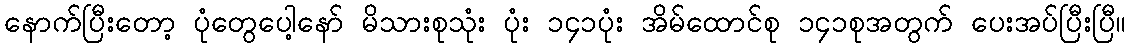
နောက်ပြီးတော့ ပုံတွေပေါ့နော် မိသားစုသုံး ပုံး ၁၄၁ပုံး အိမ်ထောင်စု ၁၄၁စုအတွက် ပေးအပ်ပြီးပြီ။